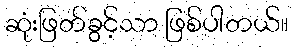
ဆုံးဖြတ်ခွင့်သာ ဖြစ်ပါတယ်။